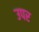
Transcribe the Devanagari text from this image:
उपर